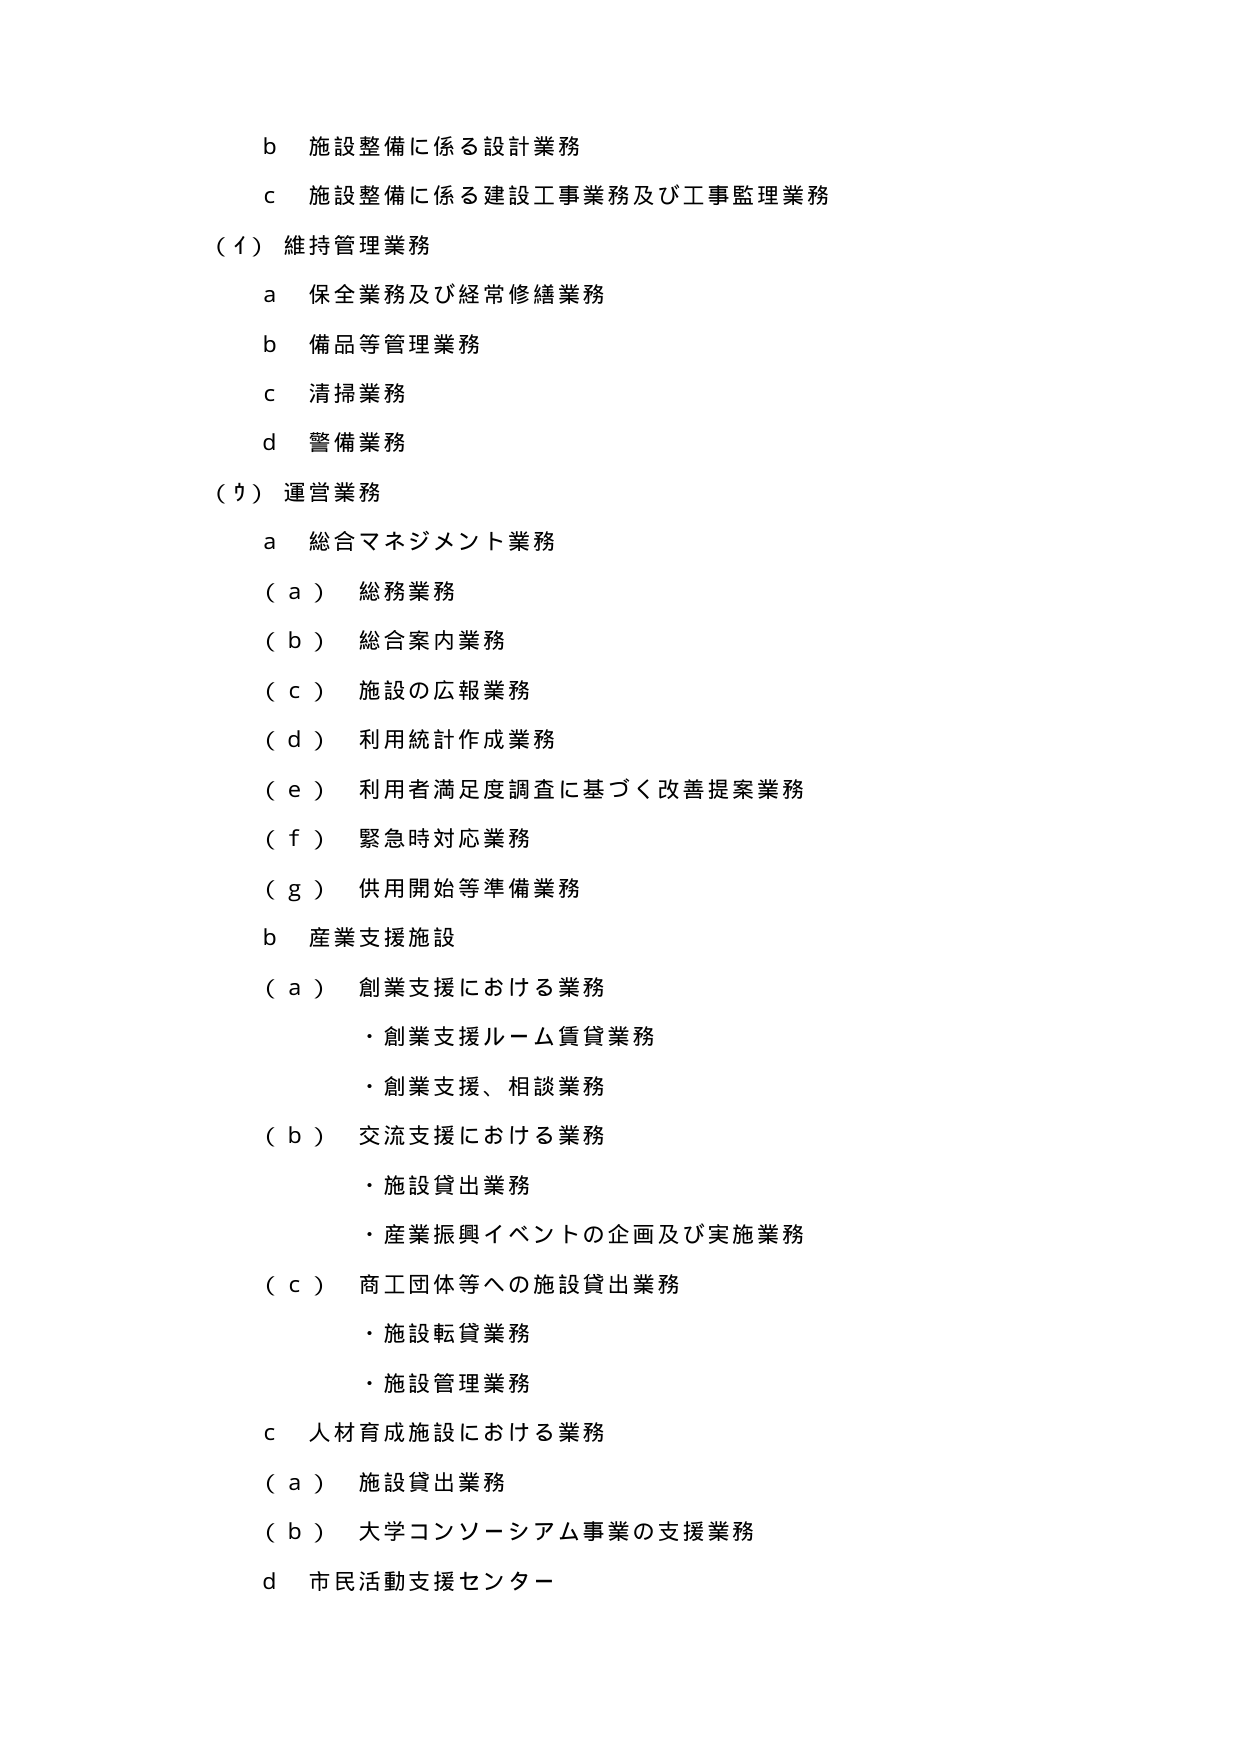
b 施設整備に係る設計業務
c 施設整備に係る建設工事業務及び工事監理業務
（イ）維持管理業務
　a 保全業務及び経常修繕業務
　b 備品等管理業務
　c 清掃業務
　d 警備業務
（ウ）運営業務
　a 総合マネジメント業務
　　（a）総務業務
　　（b）総合案内業務
　　（c）施設の広報業務
　　（d）利用統計作成業務
　　（e）利用者満足度調査に基づく改善提案業務
　　（f）緊急時対応業務
　　（g）供用開始等準備業務
　b 産業支援施設
　　（a）創業支援における業務
　　　・創業支援ルーム賃貸業務
　　　・創業支援、相談業務
　　（b）交流支援における業務
　　　・施設貸出業務
　　　・産業振興イベントの企画及び実施業務
　　（c）商工団体等への施設貸出業務
　　　・施設転貸業務
　　　・施設管理業務
　c 人材育成施設における業務
　　（a）施設貸出業務
　　（b）大学コンソーシアム事業の支援業務
　d 市民活動支援センター